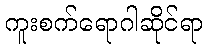
ကူးစက်ရောဂါဆိုင်ရာ